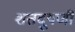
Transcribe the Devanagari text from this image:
शतदूषणी